Indian journal of veterinary science and animal husbandry - Volume 11,
Year: 1941
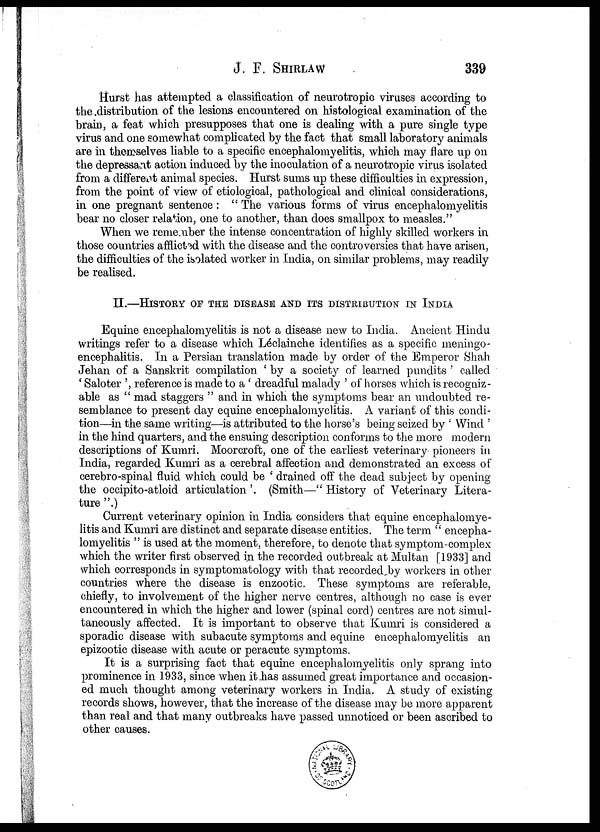
J. F.
SHIRLAW
339
Hurst has attempted a classification of neurotropic viruses according to
the distribution of the lesions encountered on histological examination of the
brain, a feat which presupposes that one is dealing with a pure single type
virus and one somewhat complicated by the fact that small laboratory animals
are in themselves liable to a specific encephalomyelitis, which may flare up on
the depressant action induced by the inoculation of a neurotropic virus isolated
from a different animal species. Hurst sums up these difficulties in expression,
from the point of view of etiological, pathological and clinical considerations,
in one pregnant sentence : " The various forms of virus encephalomyelitis
bear no closer relation, one to another, than does smallpox to measles."
When we remember the intense concentration of highly skilled workers in
those countries afflicted with the disease and the controversies that have arisen,
the difficulties of the isolated worker in India, on similar problems, may readily
be realised.
II.—HISTORY OF THE DISEASE AND ITS DISTRIBUTION IN INDIA
Equine encephalomyelitis is not a disease new to India. Ancient Hindu
writings refer to a disease which Léclainche identifies as a specific meningo-
encephalitis. In a Persian translation made by order of the Emperor Shah
Jehan of a Sanskrit compilation ' by a society of learned pundits ' called
' Saloter ', reference is made to a ' dreadful malady ' of horses which is recogniz-
able as " mad staggers " and in which the symptoms bear an undoubted re-
semblance to present day equine encephalomyelitis. A variant of this condi-
tion—in the same writing—is attributed to the horse's being seized by ' Wind '
in the hind quarters, and the ensuing description conforms to the more modern
descriptions of Kumri. Moorcroft, one of the earliest veterinary pioneers in
India, regarded Kumri as a cerebral affection and demonstrated an excess of
cerebro-spinal fluid which could be ' drained off the dead subject by opening
the occipito-atloid articulation '. (Smith—" History of Veterinary Litera-
ture ".)
Current veterinary opinion in India considers that equine encephalomye-
litis and Kumri are distinct and separate disease entities. The term " encepha-
lomyelitis " is used at the moment, therefore, to denote that symptom-complex
which the writer first observed in the recorded outbreak at Multan [1933] and
which corresponds in symptomatology with that recorded by workers in other
countries where the disease is enzootic. These symptoms are referable,
chiefly, to involvement of the higher nerve centres, although no case is ever
encountered in which the higher and lower (spinal cord) centres are not simul-
taneously affected. It is important to observe that Kumri is considered a
sporadic disease with subacute symptoms and equine encephalomyelitis an
epizootic disease with acute or peracute symptoms.
It is a surprising fact that equine encephalomyelitis only sprang into
prominence in 1933, since when it has assumed great importance and occasion-
ed much thought among veterinary workers in India. A study of existing
records shows, however, that the increase of the disease may be more apparent
than real and that many outbreaks have passed unnoticed or been ascribed to
other causes.